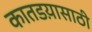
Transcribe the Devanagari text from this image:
कातडय़ासाठी